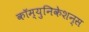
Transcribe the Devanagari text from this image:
कॉम्युनिकेशन्स